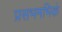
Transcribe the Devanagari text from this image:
प्रसभमभिकं